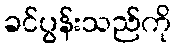
ခင်ပွန်းသည်ကို